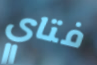
فتاي